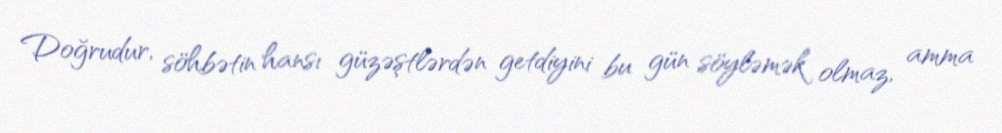
Doğrudur, söhbətin hansı güzəştlərdən getdiyini bu gün söyləmək olmaz, amma